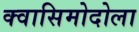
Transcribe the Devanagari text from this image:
क्वासिमोदोला